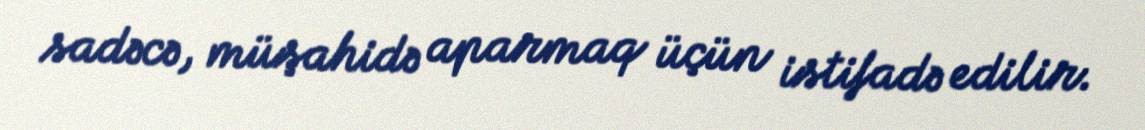
sadəcə, müşahidə aparmaq üçün istifadə edilir.